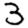
Digit: 3